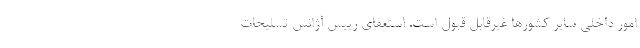
امور داخلی سایر کشورها غیرقابل قبول است. استعفای رییس آژانس تسلیحات